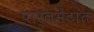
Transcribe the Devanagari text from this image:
पार्लमेंटात